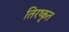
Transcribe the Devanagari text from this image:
तिरष्कृत